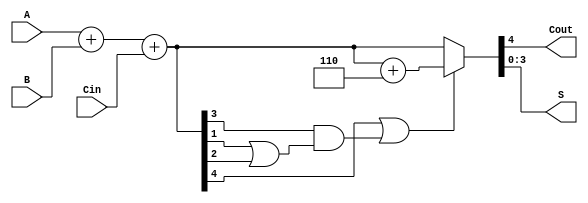
/* BCD adder */
module BCD_adder(A, B, Cin, Cout, S);

input [3:0] A, B;
input Cin;
output [3:0] S;
output Cout;

wire [3:0] A, B, S;
wire Cin, Cout;
wire check;
wire [4:0] temp;

assign temp = A + B + Cin;
assign check = temp[4] | (temp[3] & (temp[1] | temp[2])); // 10
assign {Cout, S} = (check) ? (temp + 4'b0110) : temp;

endmodule